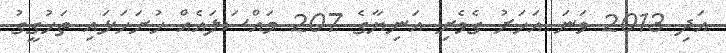
އަދި 2013 ވަނަ އަހަރު ގެވެށި އަނިޔާގެ 207 މައްސަލައެއް ހުށަހަޅައި ތަހުގީގު